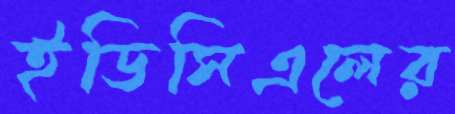
ইডিসিএলের